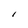
Character: I